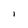
Character: i